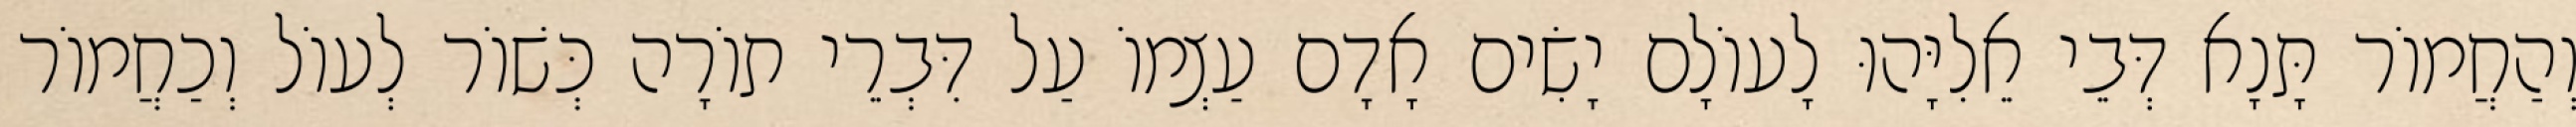
וְהַחֲמוֹר תָּנָא דְּבֵי אֵלִיָּהוּ לָעוֹלָם יָשִׂים אָדָם עַצְמוֹ עַל דִּבְרֵי תוֹרָה כְּשׁוֹר לְעוֹל וְכַחֲמוֹר